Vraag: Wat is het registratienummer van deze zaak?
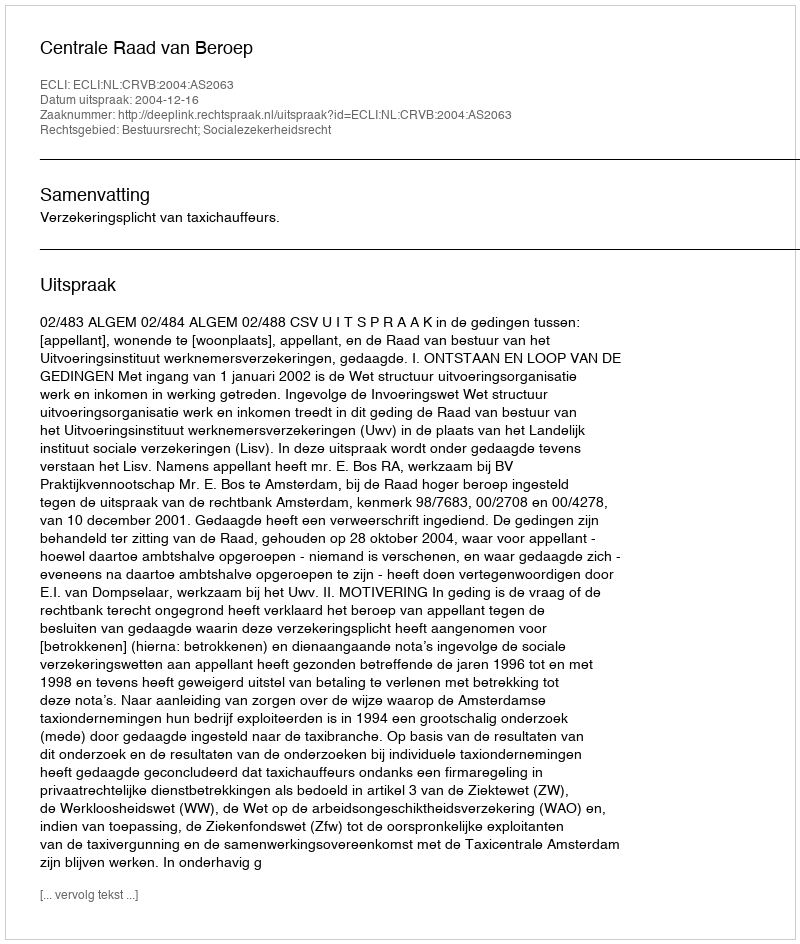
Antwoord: http://deeplink.rechtspraak.nl/uitspraak?id=ECLI:NL:CRVB:2004:AS2063